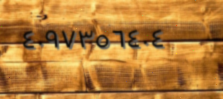
٤٠٩٧٣٥٦٤٠٤